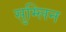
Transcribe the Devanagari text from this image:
सुम्लिन